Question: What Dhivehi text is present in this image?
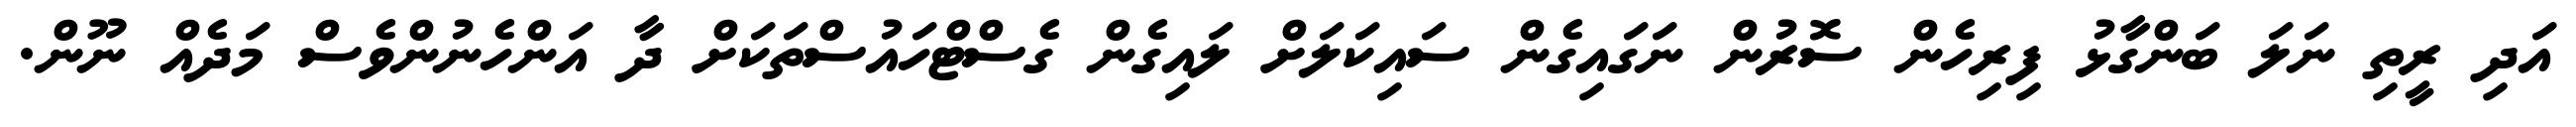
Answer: އަދި ރީތި ނަލަ ބަންގާޅު ފިރިހެން ސޮރުން ނަގައިގެން ސައިކަލަށް ލައިގެން ގެސްޓްހައުސްތަކަށް ދާ އަންހެނުންވެސް މަދެއް ނޫން.